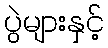
ပွဲများနှင့်